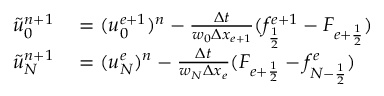
\begin{array} { r l } { \tilde { u } _ { 0 } ^ { n + 1 } } & { { } = ( u _ { 0 } ^ { e + 1 } ) ^ { n } - \frac { \Delta t } { w _ { 0 } \Delta x _ { e + 1 } } ( f _ { \frac { 1 } { 2 } } ^ { e + 1 } - F _ { { e + \frac { 1 } { 2 } } } ) } \\ { \tilde { u } _ { N } ^ { n + 1 } } & { { } = ( u _ { N } ^ { e } ) ^ { n } - \frac { \Delta t } { w _ { N } \Delta x _ { e } } ( F _ { { e + \frac { 1 } { 2 } } } - f _ { { N - \frac { 1 } { 2 } } } ^ { e } ) } \end{array}